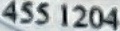
455 1204